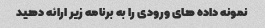
نمونه داده های ورودی را به برنامه زیر ارائه دهید